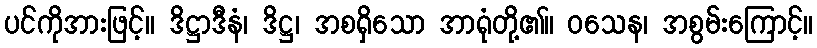
ပင်ကိုအားဖြင့်။ ဒိဋ္ဌာဒီနံ၊ ဒိဋ္ဌ၊ အစရှိသော အာရုံတို့၏။ ဝသေန၊ အစွမ်းကြောင့်။